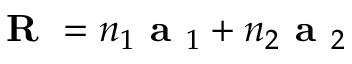
\textbf { R } = n _ { 1 } \textbf { a } _ { 1 } + n _ { 2 } \textbf { a } _ { 2 }